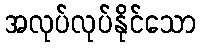
အလုပ်လုပ်နိုင်သော